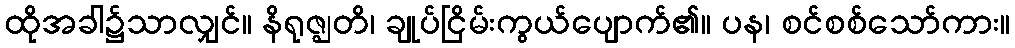
ထိုအခါ၌သာလျှင်။ နိရုဇ္ဈတိ၊ ချုပ်ငြိမ်းကွယ်ပျောက်၏။ ပန၊ စင်စစ်သော်ကား။